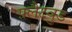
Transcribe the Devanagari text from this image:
फ़्लैटवुड